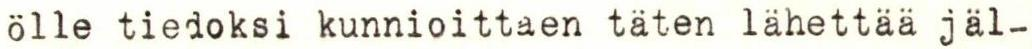
ölle tiedoksi kunnioittaen täten lähettää jäl-